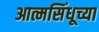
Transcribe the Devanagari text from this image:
आत्मसिंधूच्या